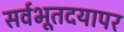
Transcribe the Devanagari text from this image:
सर्वभूतदयापर